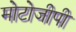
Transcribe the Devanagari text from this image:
मोटोजीपी